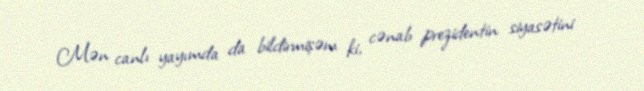
Mən canlı yayımda da bildirmişəm ki, cənab prezidentin siyasətini